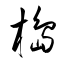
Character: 槝